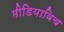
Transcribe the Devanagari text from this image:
मीडियाविच